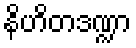
နိဟိတဒဏ္ဍာ